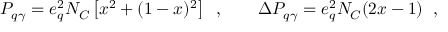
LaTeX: P _ { q \gamma } = e _ { q } ^ { 2 } N _ { C } \left[ x ^ { 2 } + ( 1 - x ) ^ { 2 } \right] \; \; , \qquad \Delta P _ { q \gamma } = e _ { q } ^ { 2 } N _ { C } ( 2 x - 1 ) \; \; ,